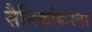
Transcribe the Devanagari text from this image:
सैनिकांकरता